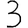
Digit: 3